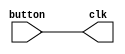

module clock_manual (
    input button,
	 output clk
);

	assign clk = button;
 
    
endmodule